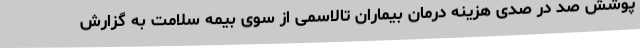
پوشش صد در صدی هزینه درمان بیماران تالاسمی از سوی بیمه سلامت به گزارش